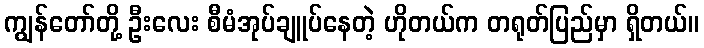
ကျွန်တော်တို့ ဦးလေး စီမံအုပ်ချူပ်နေတဲ့ ဟိုတယ်က တရုတ်ပြည်မှာ ရှိတယ်။